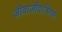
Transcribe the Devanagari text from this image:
जीवाजीवाभिगम